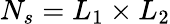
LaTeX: N_{s}=L_{1}\times L_{2}